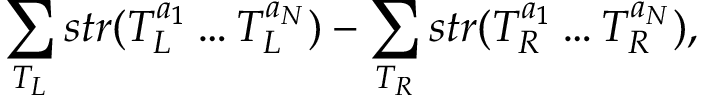
\sum _ { T _ { L } } s t r ( T _ { L } ^ { a _ { 1 } } \ldots T _ { L } ^ { a _ { N } } ) - \sum _ { T _ { R } } s t r ( T _ { R } ^ { a _ { 1 } } \ldots T _ { R } ^ { a _ { N } } ) ,